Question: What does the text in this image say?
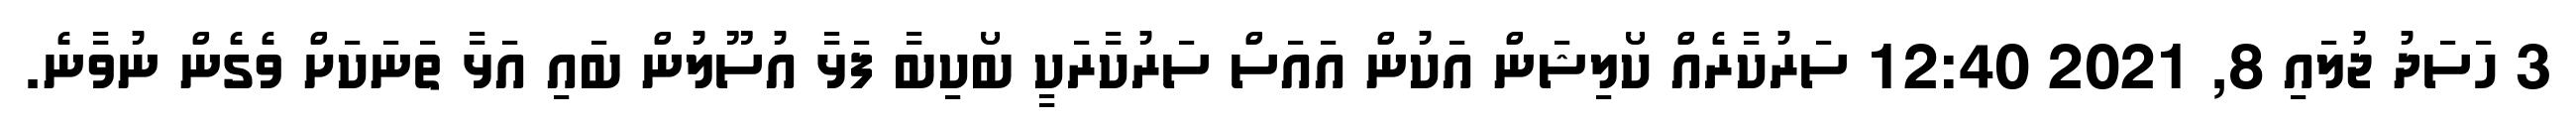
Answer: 3 ހަސަދު ޖުލައި 8, 2021 12:40 ސަރުކާރެއް ކޯލިޝަން އަކުން އައަސް ސަރުކާރަކީ ބޯކިބާ ފަޅާ އުސޫލުން ބައި އަޅާ ތަނަކަށް ވެގެން ނުވާނެ.